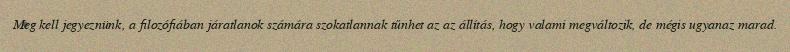
Meg kell jegyeznünk, a filozófiában járatlanok számára szokatlannak tűnhet az az állítás, hogy valami megváltozik, de mégis ugyanaz marad.